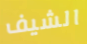
الشيف